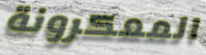
المعكرونة